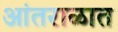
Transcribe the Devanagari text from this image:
आंतराळात